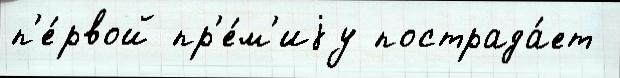
п'е́рвой пр'е́м'иjу пострада́ет